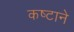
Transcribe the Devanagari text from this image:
कष्‍टाने